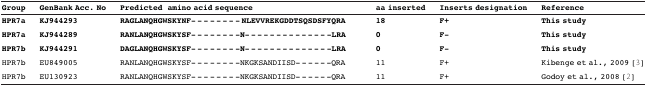
<table><thead><tr><td><b>Group</b></td><td><b>GenBank Acc. No</b></td><td colspan="3"><b>Predicted amino acid sequence</b></td><td><b>aa inserted</b></td><td><b>Inserts designation</b></td><td><b>Reference</b></td></tr></thead><tbody><tr><td><b>HPR7a</b></td><td><b>KJ944293</b></td><td colspan="3"><b>RAGLANQHGWSKYNF- - - - - - - -</b><b>NLEVVREKGDDTSQSDSFYQRA</b></td><td><b>18</b></td><td><b>F+</b></td><td><b>This study</b></td></tr><tr><td><b>HPR7a</b></td><td><b>KJ944289</b></td><td colspan="3"><b>RANLANQHGWSKYSF- - - - - - - -</b><b>N- - - - - - - - - - - - - -</b><b>LRA</b></td><td><b>0</b></td><td><b>F-</b></td><td><b>This study</b></td></tr><tr><td><b>HPR7b</b></td><td><b>KJ944291</b></td><td colspan="3"><b>DAGLANQHGWSKYSF- - - - - - - -N- - - - - - - - - - - - - -LRA</b></td><td><b>0</b></td><td><b>F-</b></td><td><b>This study</b></td></tr><tr><td>HPR7b</td><td>EU849005</td><td colspan="3">RANLANQHGWSKYSF- - - - - - - -NKGKSANDIISD- - - - - -QRA</td><td>11</td><td>F+</td><td>Kibenge et al., 2009 [3]</td></tr><tr><td>HPR7b</td><td>EU130923</td><td colspan="3">RANLANQHGWSKYSF- - - - - - - -NKGKSANDIISD- - - - - -QRA</td><td>11</td><td>F+</td><td>Godoy et al., 2008 [2]</td></tr></tbody></table>